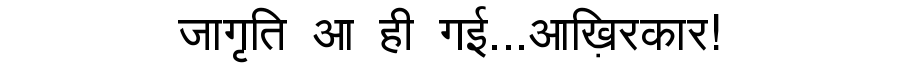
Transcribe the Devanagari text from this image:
जागृति आ ही गई...आख़िरकार!